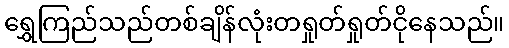
ရွှေကြည်သည်တစ်ချိန်လုံးတရှုတ်ရှုတ်ငိုနေသည်။